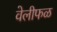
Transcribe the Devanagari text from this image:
वेलीफळ